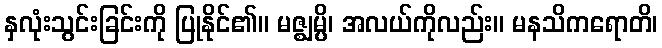
နှလုံးသွင်းခြင်းကို ပြုနိုင်၏။ မဇ္ဈမ္ပိ၊ အလယ်ကိုလည်း။ မနသိကရောတိ၊